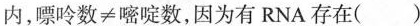
内，嘌呤数≠嘧啶数，因为有RNA存在()